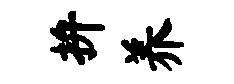
拚养